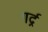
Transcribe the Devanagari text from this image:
गर्द्न